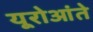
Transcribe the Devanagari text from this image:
यूरोआंते